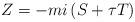
LaTeX: \begin{align*}Z=-mi\left(S+\tau T \right)\end{align*}